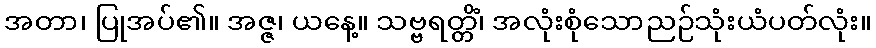
အတာ၊ ပြုအပ်၏။ အဇ္ဇ၊ ယနေ့။ သဗ္ဗရတ္တိံ၊ အလုံးစုံသောညဉ်သုံးယံပတ်လုံး။